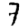
Digit: 7